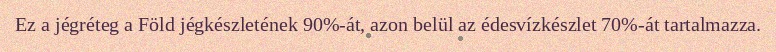
Ez a jégréteg a Föld jégkészletének 90%-át, azon belül az édesvízkészlet 70%-át tartalmazza.